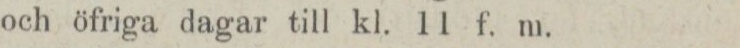
och öfriga dagar till kl. 11 f. m.